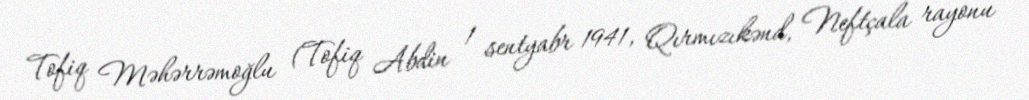
Tofiq Məhərrəmoğlu (Tofiq Abdin 1 sentyabr 1941, Qırmızıkənd, Neftçala rayonu –